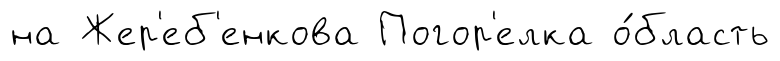
на Жер'еб'енкова Погор'елка о́бласть